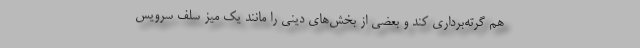
هم گرته‌برداری کند و بعضی از بخش‌های دینی را مانند یک میز سلف سرویس